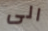
الى